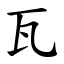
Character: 瓦